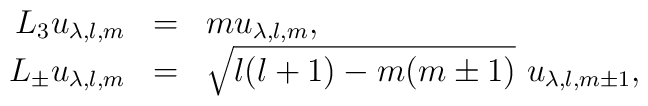
\begin{array}{rcl}L_3 u_{\lambda,l,m} &=& m u_{\lambda,l,m},\nonumber\\L_{\pm}u_{\lambda,l, m} &=& \sqrt{l(l+1)-m(m\pm 1)}\ u_{\lambda,l, m\pm 1},\end{array}